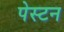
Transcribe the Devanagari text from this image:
पेस्टन